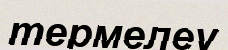
термелеу